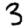
Digit: 3